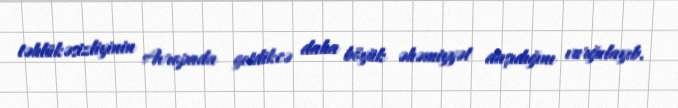
təhlükəsizliyinin Avropada getdikcə daha böyük əhəmiyyət daşıdığını vurğulayıb.